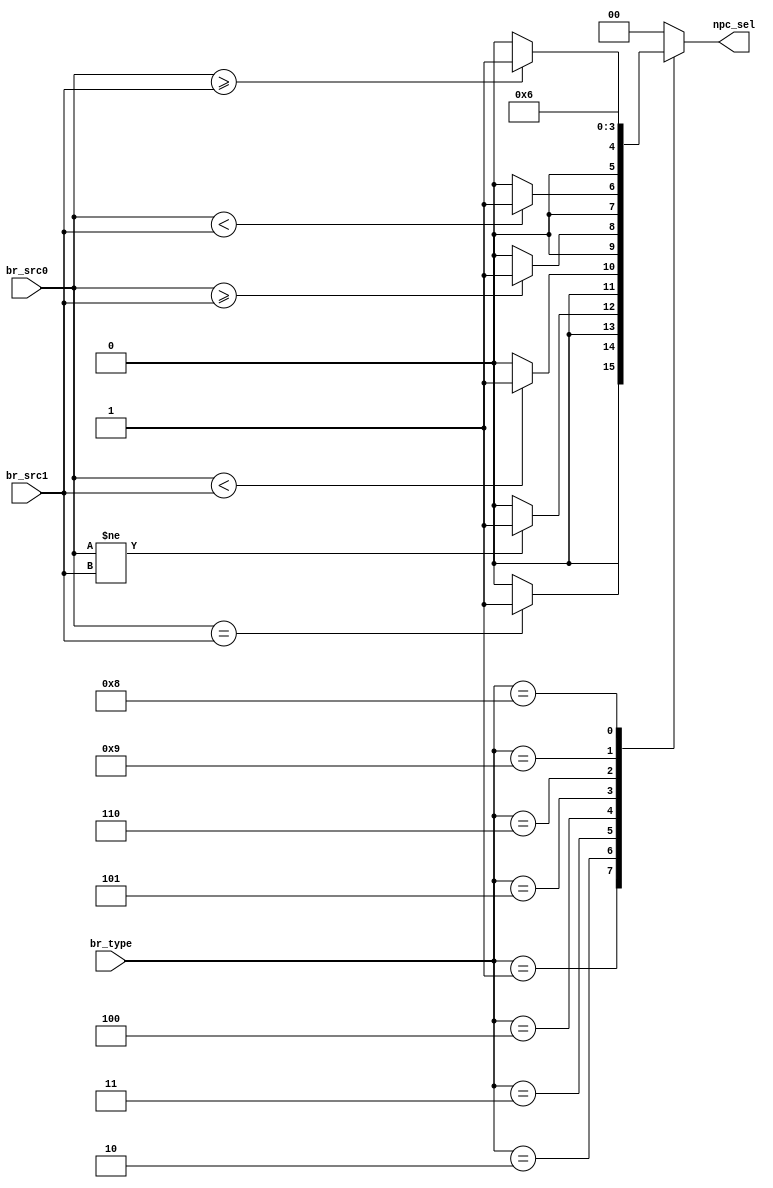
`timescale 1ns / 1ps
//////////////////////////////////////////////////////////////////////////////////
// Company:
// Engineer:
//
// Design Name:
// Module Name: Branch
// Project Name:
// Target Devices:
// Tool Versions:
// Description:
//
// Dependencies:
//
// Revision:
// Revision 0.01 - File Created
// Additional Comments:
//
//////////////////////////////////////////////////////////////////////////////////


module Branch(input [3:0] br_type,
              input [31:0] br_src0,
              input [31:0] br_src1,
              output reg [1:0] npc_sel);

always @(*)
begin
    npc_sel = 2'b00;
    case (br_type)
        4'b0001:
        if (br_src0 == br_src1)
        begin
            npc_sel = 2'b01;
        end
        //beq
        4'b0010:
        if (br_src0 != br_src1)
        begin
            npc_sel = 2'b01;
        end
        //bne
        4'b0011:
        if ($signed(br_src0) < $signed(br_src1))
        begin
            npc_sel = 2'b01;
        end
        //blt
        4'b0100:
        if ($signed(br_src0) >= $signed(br_src1))
        begin
            npc_sel = 2'b01;
        end
        //bge
        4'b0101:
        if (br_src0 < br_src1)
        begin
            npc_sel = 2'b01;
        end
        //bltu
        4'b0110:
        if (br_src0 >= br_src1)
        begin
            npc_sel = 2'b01;
        end
        //bgeu
        4'b1001:
        npc_sel = 2'b01;
        //jal
        4'b1000:
        npc_sel = 2'b10;
        //jalr
        default:
        ;
    endcase
end

endmodule